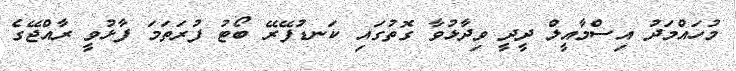
މުހައްމަދު އިސްމާއީލް ދީދީ ވިދާޅުވާ ގޮތުގައި ކަނޑުފޭރޭ ބޯޓު ފުރަތަމަ ފާޅުވީ ރާއްޖޭގެ